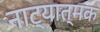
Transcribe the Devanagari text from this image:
नाट्यात्मक